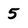
Character: 5